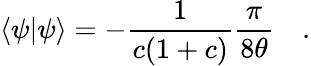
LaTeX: \langle\psi\vert\psi\rangle=-\frac{1}{c(1+c)}\frac{\pi}{8\theta}\quad.